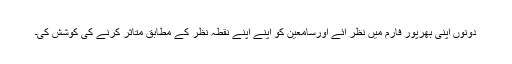
دونوں اپنی بھرپور فارم میں نظر آئے اورسامعین کو اپنے اپنے نقطہ نظر کے مطابق متاثر کرنے کی کوشش کی۔